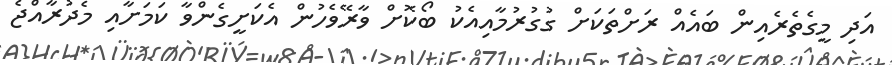
އަދި މީގެތެރެއިން ބައެއް ރަށްތަކަށް ގުގުރުމާއިއެކު ބޯކޮށް ވާރޭވެހުން އެކަށީގެންވާ ކަމަށާއި މެދުރާއްޖެ